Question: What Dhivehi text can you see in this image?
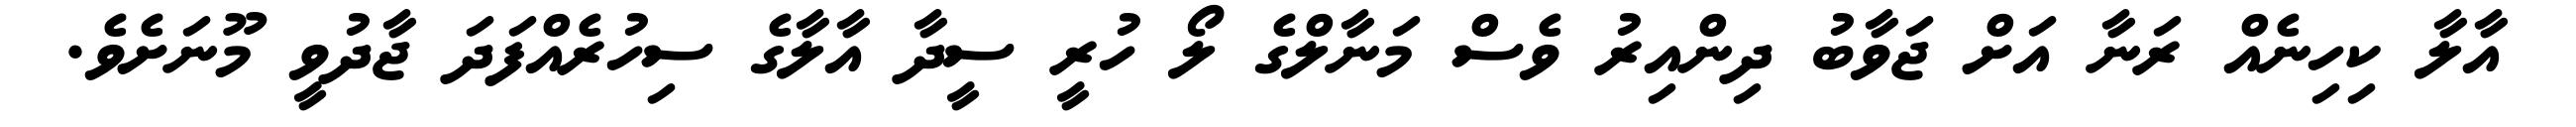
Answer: އާލާ ކިހިނެއް ރަނާ އަށް ޖަވާބު ދިންއިރު ވެސް މަނާލްގެ ލޯ ހުރީ ސީދާ އާލާގެ ސިހުރެއްފަދަ ޖާދުވީ މޫނަށެވެ.